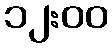
၁၂:၀၀